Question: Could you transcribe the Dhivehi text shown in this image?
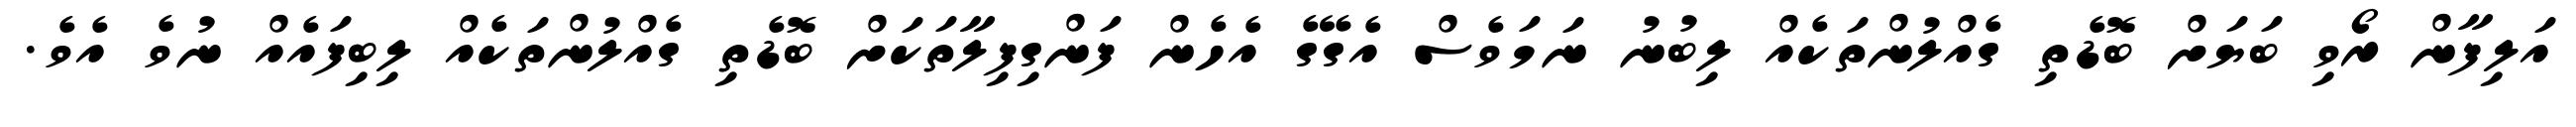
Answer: އަލިފާން ރޯވި ބަޔަށް ބޮޑެތި ގެއްލުންތަކެއް ލިބުނު ނަމަވެސް އެގޭގެ އެހެން ފަންގިފިލާތަކަށް ބޮޑެތި ގެއްލުންތަކެއް ލިބިފައެއް ނުވެ އެވެ.